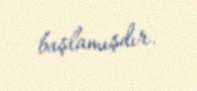
başlamışdır.